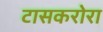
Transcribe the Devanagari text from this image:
टासकरोरा